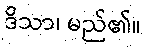
ဒိသာ၊ မည်၏။